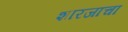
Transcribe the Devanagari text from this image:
शारजाचा